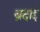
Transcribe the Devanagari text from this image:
ब्रदाई